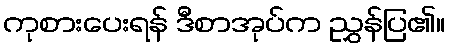
ကုစားပေးရန် ဒီစာအုပ်က ညွှန်ပြ၏။